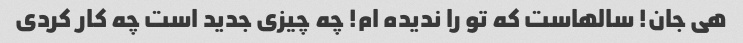
هی جان! سالهاست که تو را ندیده ام! چه چیزی جدید است چه کار کردی